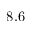
8 . 6